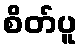
စိတ်ပူ